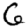
Digit: 6